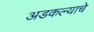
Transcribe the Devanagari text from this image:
अडकल्याचे